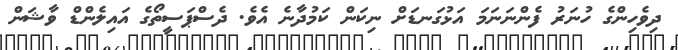
ދިވެހިންގެ ހުނަރު ފެންނަނަމަ އަޅުގަނޑަށް ނިކަން ކަމުދާނެ އެވެ. ދެސްޕަސީތޯގެ އައިލެންޑް ވާޝަން